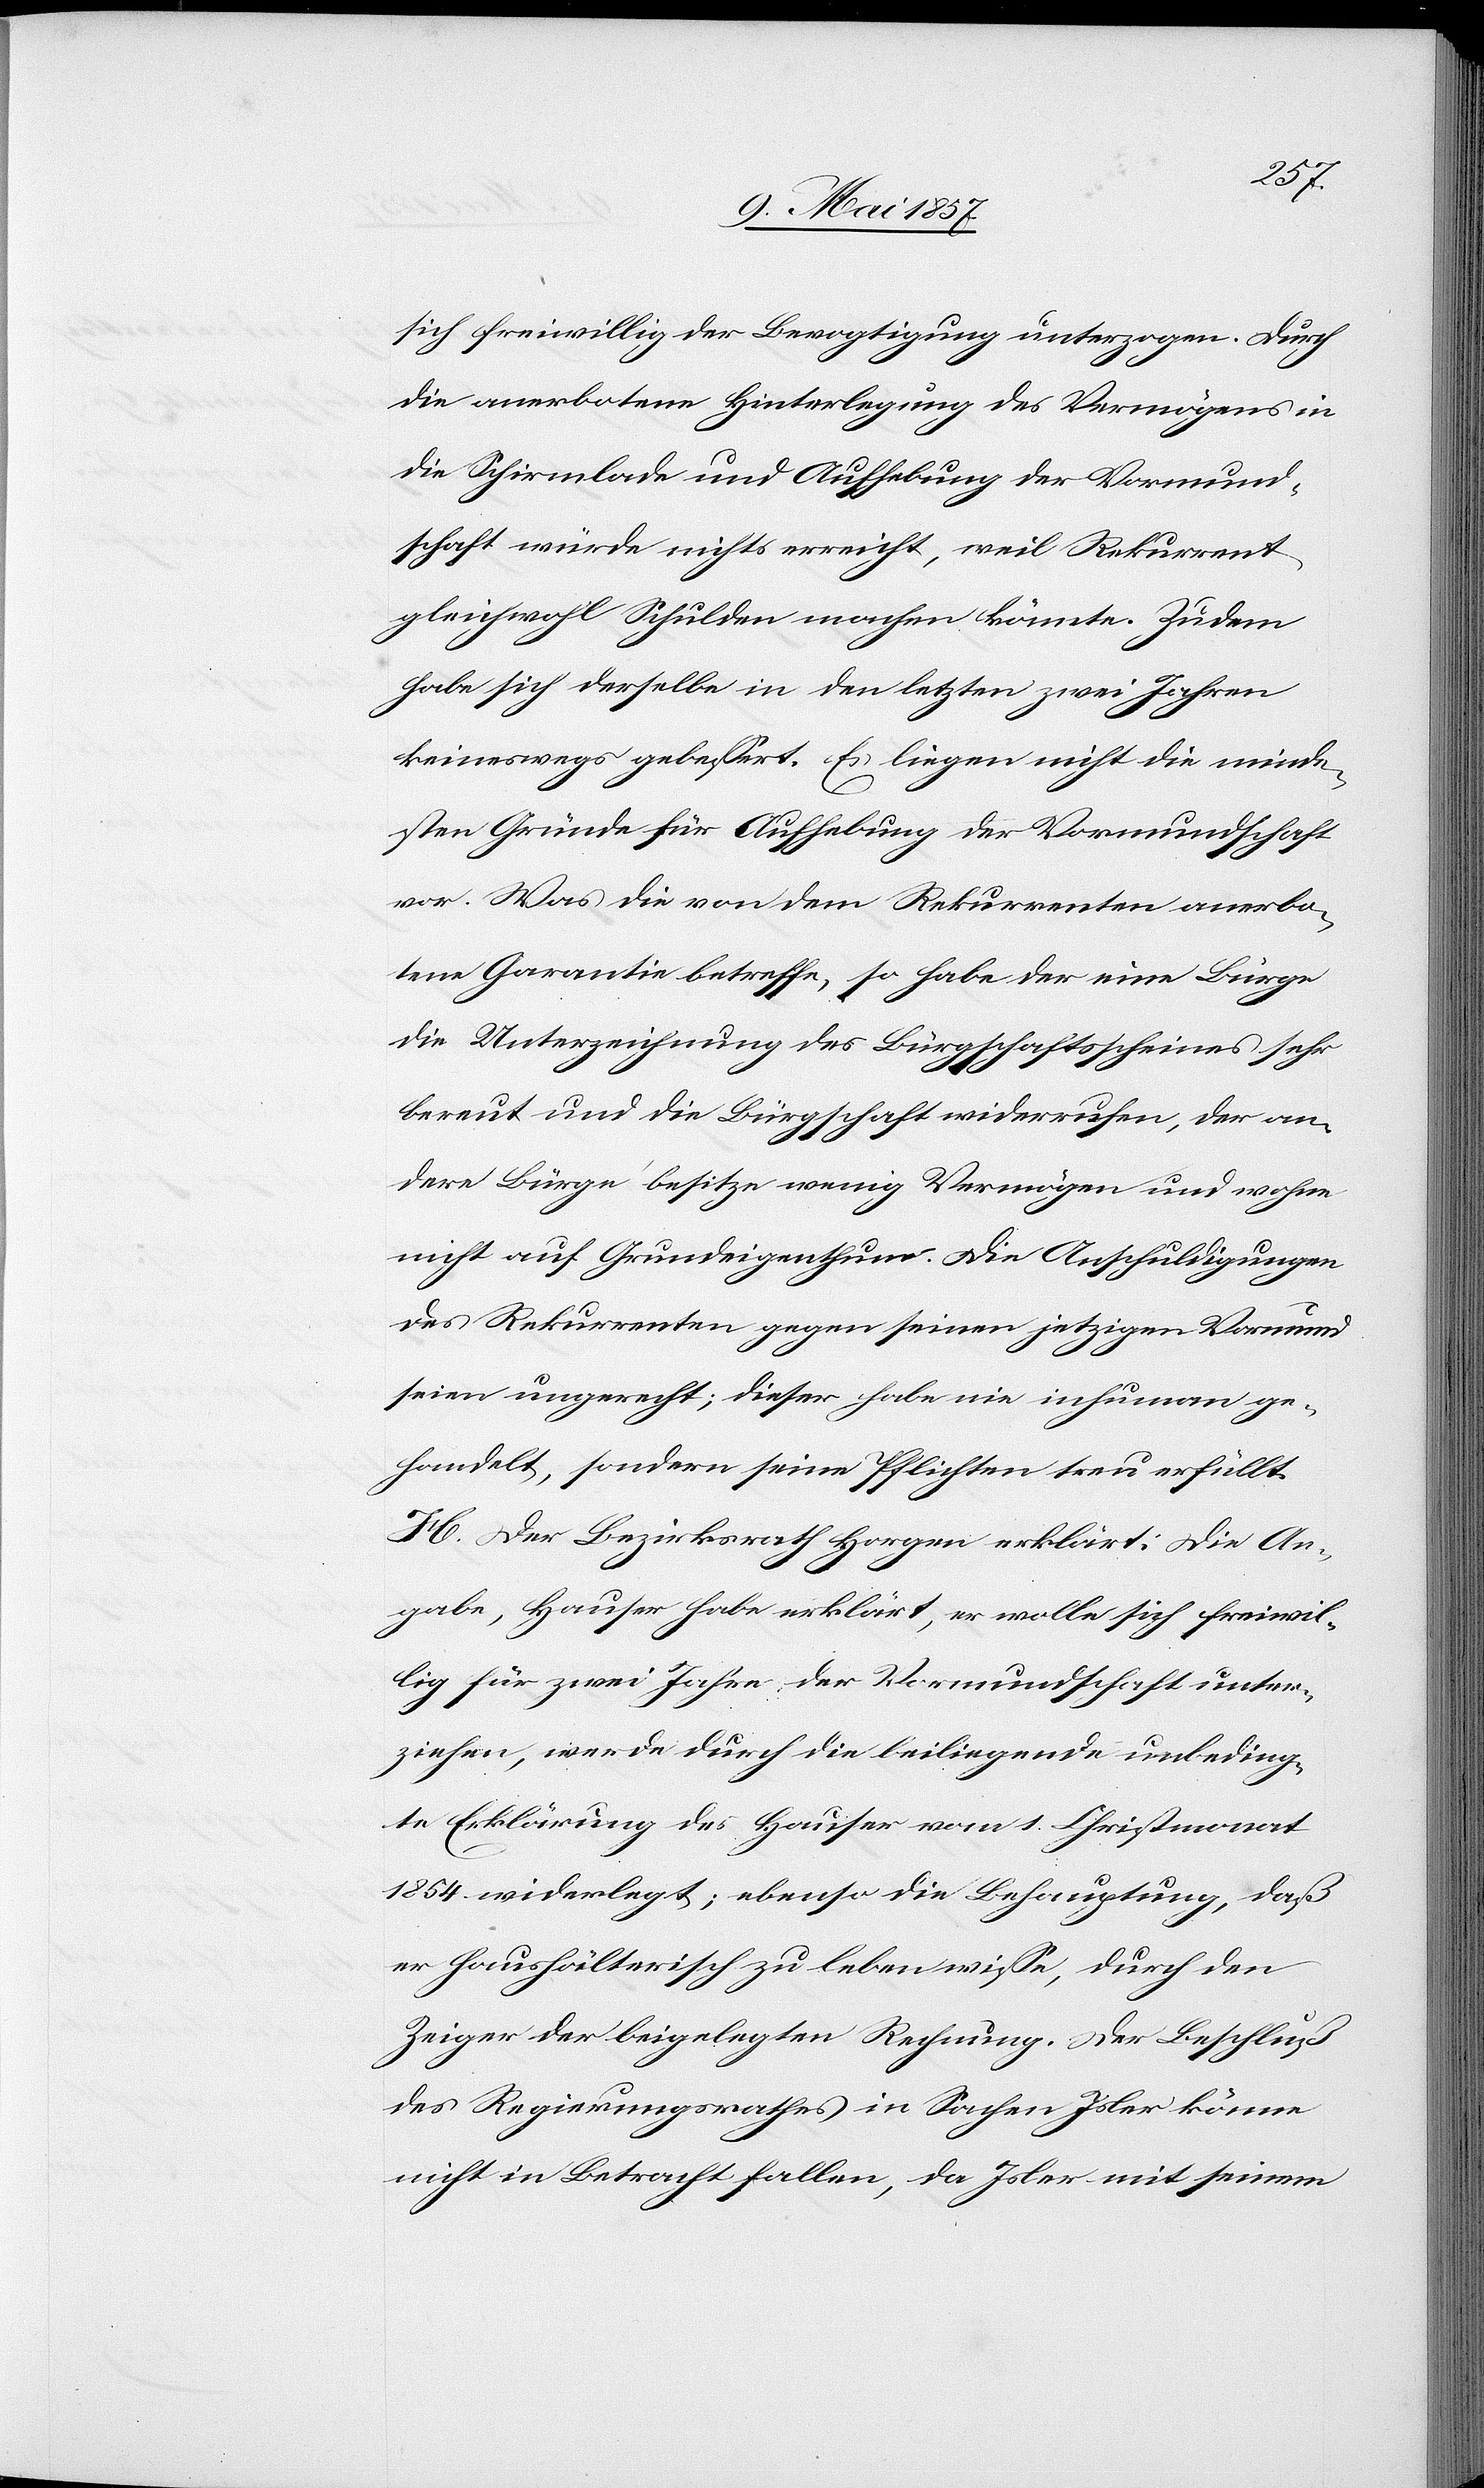
sich freiwillig der Bevogtigung unterzogen. Durch
die anerbotene Hinterlegung des Vermögens in
die Schirmlade und Aufhebung der Vormund¬
schaft würde nichts erreicht, weil Rekurrent
gleichwohl Schulden machen könnte. Zudem
habe sich derselbe in den letzten zwei Jahren
keineswegs gebessert. Es liegen nicht die minde¬
stens Gründe für Aufhebung der Vormundschaft
vor. Was die von dem Rekurrenten anerbo¬
tene Garantie betreffe, so habe der eine Bürge
die Unterzeichnung des Bürgschaftsscheines sehr
bereut und die Bürgschaft widerrufen, der an¬
dere Bürge besitze wenig Vermögen und wohne
nicht auf Grundeigenthum. Die Anschuldigungen
des Rekurrenten gegen seinen jetzigen Vormund
seien ungerecht; dieser habe nie inhuman ge¬
handelt, sondern seine Pflichten treu erfüllt.
H. Der Bezirksrath Horgen erklärt: Die An¬
gabe, Hauser habe erklärt, er wolle sich freiwil¬
lig für zwei Jahre der Vormundschaft unter¬
ziehen, werde durch die beiliegende unbeding¬
te Erklärung des Hauser vom 1 Christmonat
1854 widerlegt; ebenso die Behauptung, daß
er haushälterisch zu leben wisse, durch den
Zeiger der beigelegten Rechnung. Der Beschluß
des Regierungsrathes in Sachen Isler könne
nicht in Betracht fallen, da Isler mit seinem